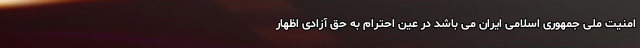
امنیت ملی جمهوری اسلامی ایران می باشد در عین احترام به حق آزادی اظهار